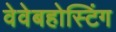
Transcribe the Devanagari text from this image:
वेवेबहोस्टिंग